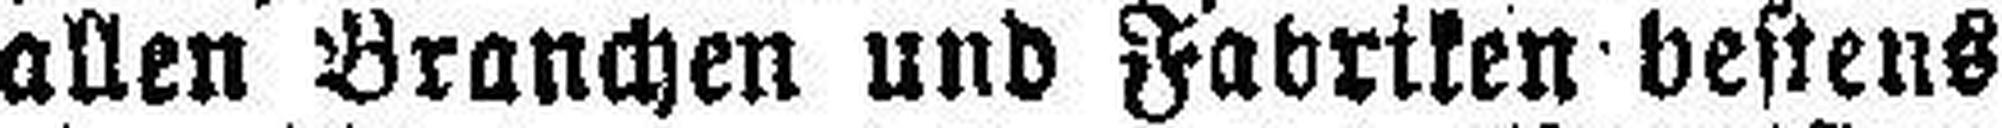
allen Branchen und Fabriken bestens